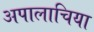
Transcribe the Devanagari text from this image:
अपालाचिया